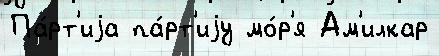
Па́рт'иjа па́рт'иjу мо́р'я Ам'илкар